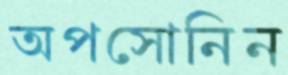
অপসোনিন